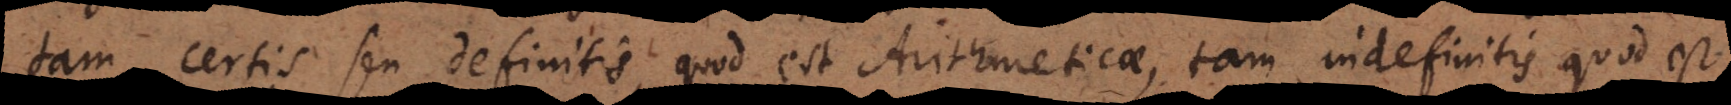
tam certis seu definitis, quod est Arithmeticae, tam indefinitis quod est